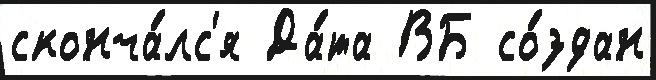
сконча́лс'я Да́та ВБ со́здан